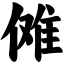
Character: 傩